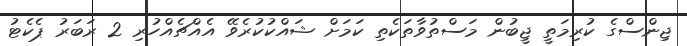
ޖިންސްގެ ކުރިމަތީ ޖީބުން މަސްތުވާތަކެތި ކަމަށް ޝައްކުކުރެވޭ އެއްޗެއްހުރި 2 ރަބަރު ޕެކެޓު